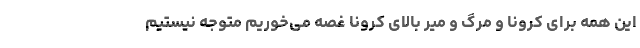
این همه برای کرونا و مرگ و میر بالای کرونا غصه می‌‌خوریم متوجه نیستیم